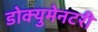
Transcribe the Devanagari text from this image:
डोक्युमेनटरी